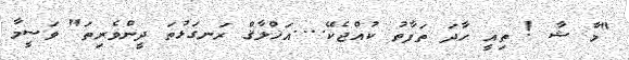
"މާ ޝާ ! ތިއީ ހާދަ ތަފާތު ކުއްޖެކޭ....އަޚްލާޤް ރަނގަޅުތަ ދީންވެރިތަ" ވަސީމާ